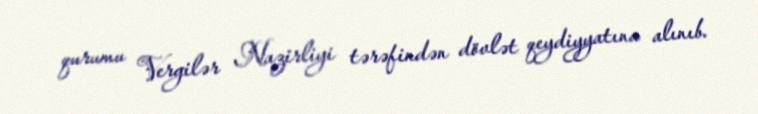
qurumu Vergilər Nazirliyi tərəfindən dövlət qeydiyyatına alınıb.